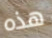
هذه